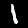
Label: 1